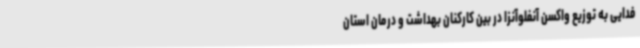
فدایی به توزیع واکسن آنفلوآنزا در بین کارکنان بهداشت و درمان استان